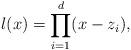
LaTeX: \begin{align*} l(x)=\prod_{i=1}^d(x-z_i), \end{align*}